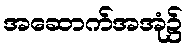
အဆောက်အအုံ၌